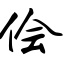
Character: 侩